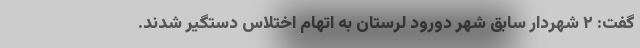
گفت: ۲ شهردار سابق شهر دورود لرستان به اتهام اختلاس دستگیر شدند.